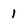
Character: 1